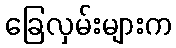
ခြေလှမ်းများက